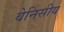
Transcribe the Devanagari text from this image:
वेनिसीय